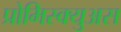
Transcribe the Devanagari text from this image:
प्रोमिस्क्युअस